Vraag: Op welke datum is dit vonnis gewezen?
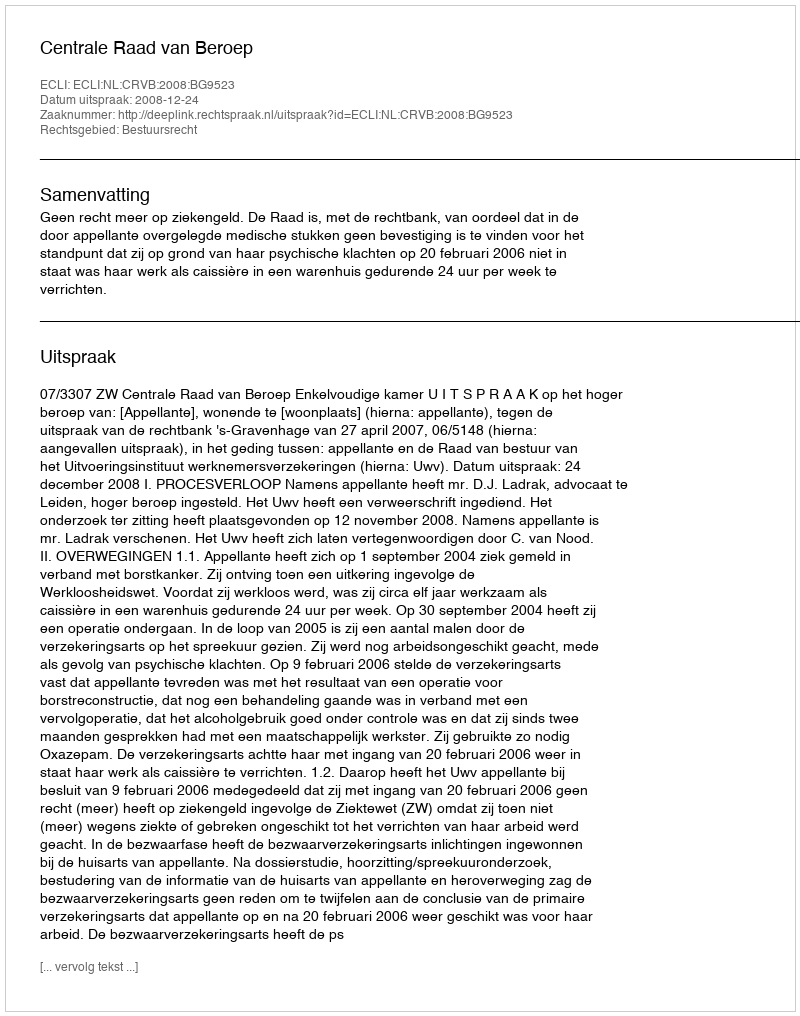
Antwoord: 2008-12-24